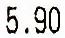
5.90